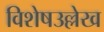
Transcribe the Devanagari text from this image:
विशेषउल्लेख